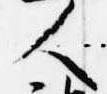
人